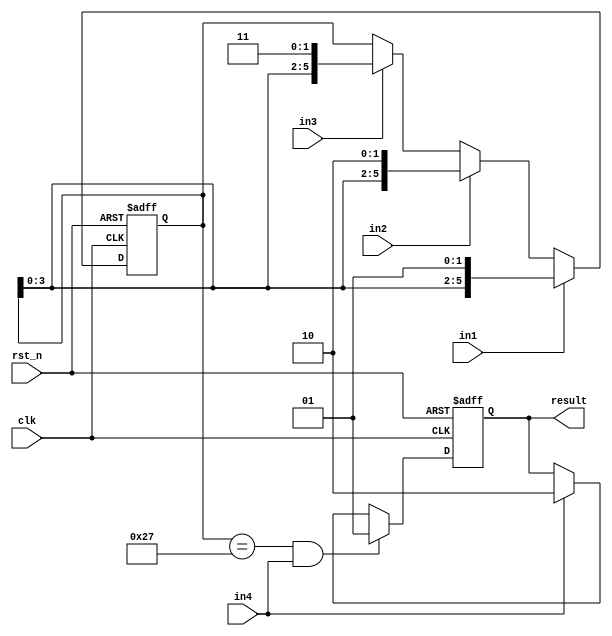
module Okay_module (
	input clk,
	input rst_n,
	input in1,
	input in2,
	input in3,
	input in4,
	output reg [1:0] result
);

	/**/
	reg [5:0] elec_lock_password;

	/**/
	always @(posedge clk or negedge rst_n) begin
		if(~rst_n) begin
			elec_lock_password <= 6'd0;
		end else if(in1 == 1'd1) begin
			elec_lock_password <= {elec_lock_password[3:0],2'b01};
		end else if(in2 == 1'd1) begin
			elec_lock_password <= {elec_lock_password[3:0],2'b10};
		end else if(in3 == 1'd1) begin
			elec_lock_password <= {elec_lock_password[3:0],2'b11};
		end else begin
			elec_lock_password <= elec_lock_password;
		end
	end

	/*okay_key*/
	/*result0okay_key12
	*/
	always @(posedge clk or negedge rst_n) begin
		if(~rst_n) begin
			result <= 2'd0;
		end else if(elec_lock_password == 6'b10_01_11 && in4) begin
			result <= 2'd1;
		end else if(in4) begin
			result <= 2'd2;
		end else begin
			result <= result;
		end
	end

endmodule